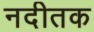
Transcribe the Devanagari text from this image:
नदीतक